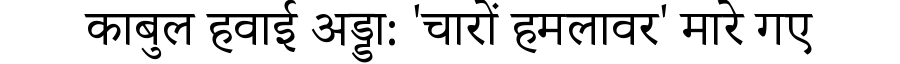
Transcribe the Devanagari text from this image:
काबुल हवाई अड्डा: 'चारों हमलावर' मारे गए